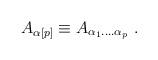
LaTeX: \begin{align*}A_{{\alpha}[p]} \equiv A_{{\alpha}_1....{\alpha}_p} \ .\end{align*}